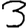
Digit: 3